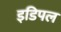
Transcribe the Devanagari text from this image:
इडिपल